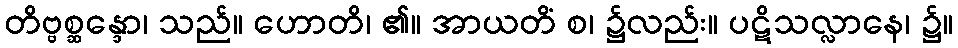
တိဗ္ဗစ္ဆန္ဒော၊ သည်။ ဟောတိ၊ ၏။ အာယတိံ စ၊ ၌လည်း။ ပဋိသလ္လာနေ၊ ၌။